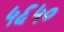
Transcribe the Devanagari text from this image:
५६५०